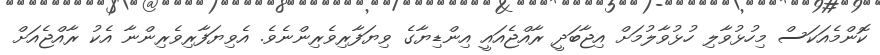
ކޮންމެއަކަސް މިހުޅުވާލި ހުޅުވާލުމަށް އިޖާބަދީ ރާއްޖެއައީ އިންޑިޔާގެ ވިޔަފާރިވެރިންނެވެ. އެވިޔަފާރިވެރިންނާ އެކު ރާއްޖެއަށް